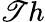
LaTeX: \mathscr{T}h